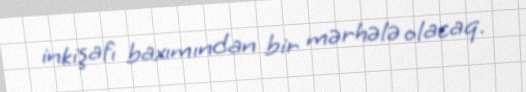
inkişafı baxımından bir mərhələ olacaq.